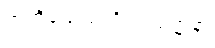
အဘိညေယာဒိဝါရဝဏ္ဏနာ